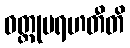
ဝတ္တုမရဟတီတိ